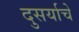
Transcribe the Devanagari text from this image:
दुसर्याचे